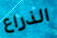
الذراع